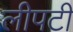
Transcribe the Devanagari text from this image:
लीपटी